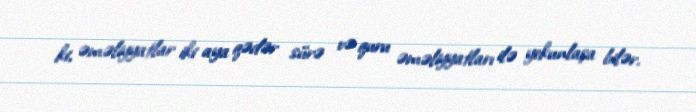
ki, əməliyyatlar iki aya qədər sürə və quru əməliyyatları ilə yekunlaşa bilər.